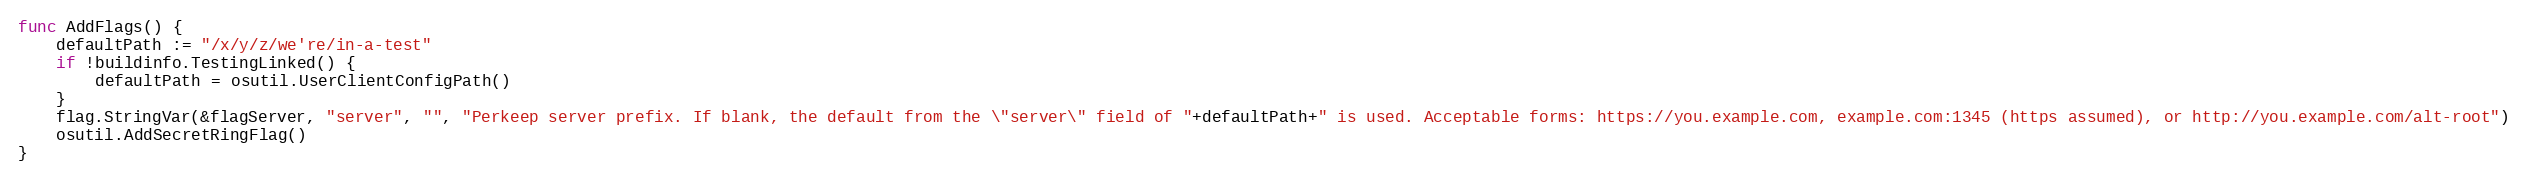
Language: Go
func AddFlags() {
	defaultPath := "/x/y/z/we're/in-a-test"
	if !buildinfo.TestingLinked() {
		defaultPath = osutil.UserClientConfigPath()
	}
	flag.StringVar(&flagServer, "server", "", "Perkeep server prefix. If blank, the default from the \"server\" field of "+defaultPath+" is used. Acceptable forms: https://you.example.com, example.com:1345 (https assumed), or http://you.example.com/alt-root")
	osutil.AddSecretRingFlag()
}